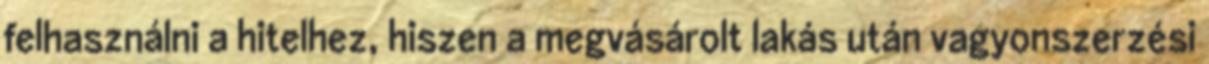
felhasználni a hitelhez, hiszen a megvásárolt lakás után vagyonszerzési